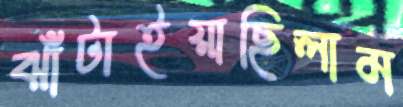
ঝাঁটাইয়াছিলাম